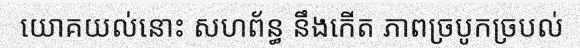
យោគយល់នោះ សហព័ន្ធ នឹងកើត ភាពច្របូកច្របល់